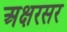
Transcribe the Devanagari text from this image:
अक्षरसर